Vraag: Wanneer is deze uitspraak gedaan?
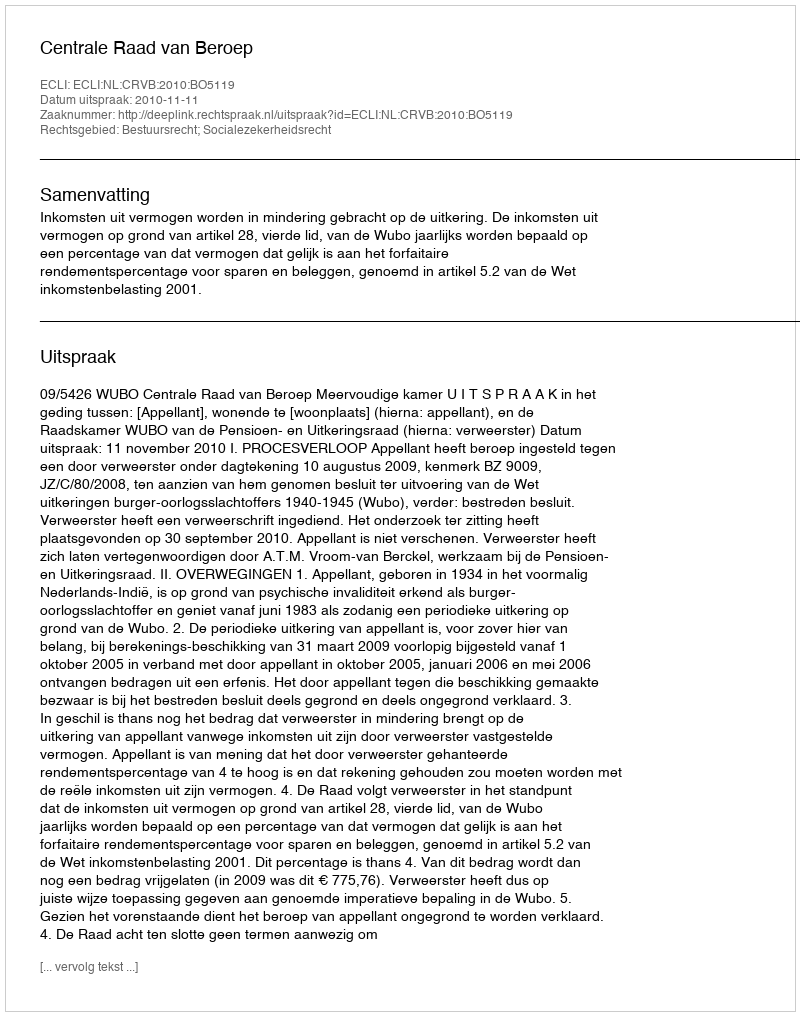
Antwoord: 2010-11-11